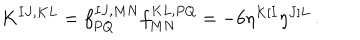
K ^ { I J , K L } = f _ { P Q } ^ { I J , M N } f _ { M N } ^ { K L , P Q } = - 6 \eta ^ { K [ I } \eta ^ { J ] L } \, .